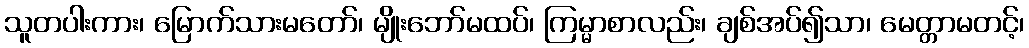
သူတပါးကား၊ မြောက်သားမတော်၊ မျိုးဘော်မထပ်၊ ကြမ္မာစာလည်း၊ ချစ်အပ်၍သာ၊ မေတ္တာမတင့်၊